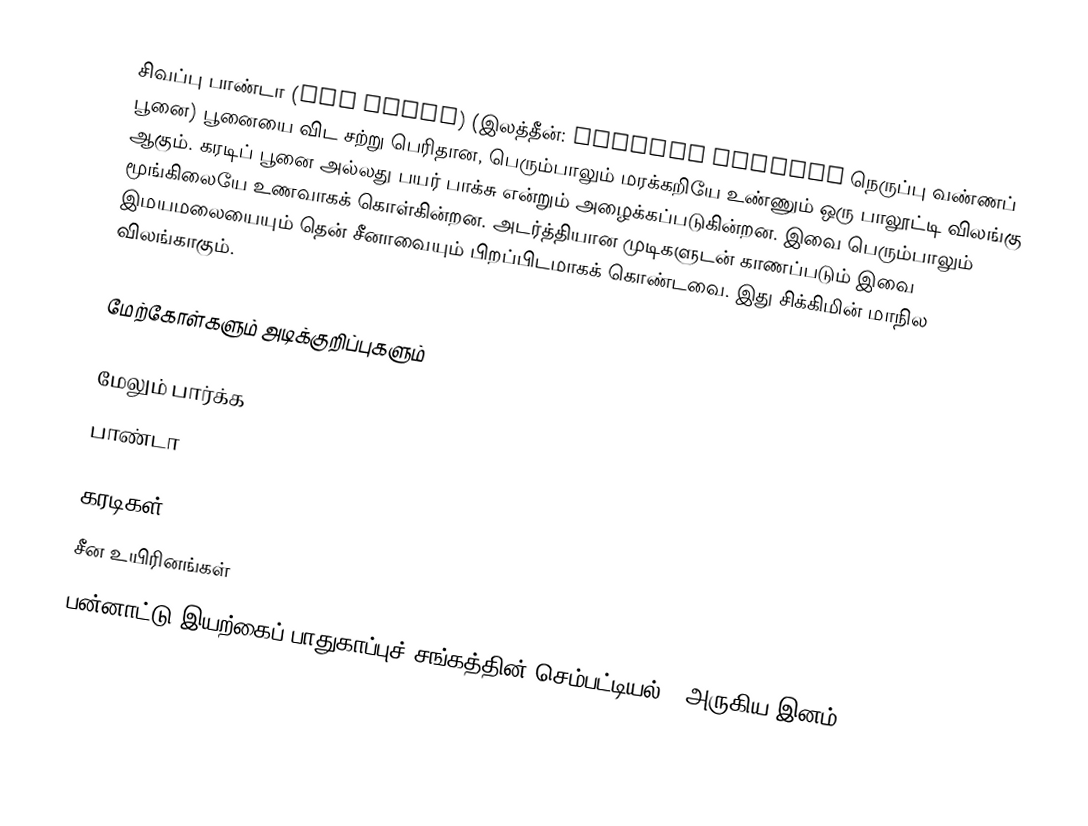
சிவப்பு பாண்டா (Red Panda) (இலத்தீன்: Ailurus fulgens நெருப்பு வண்ணப் பூனை) பூனையை விட சற்று பெரிதான,  பெரும்பாலும் மரக்கறியே உண்ணும் ஒரு பாலூட்டி விலங்கு ஆகும். கரடிப் பூனை அல்லது பயர் பாக்சு என்றும் அழைக்கப்படுகின்றன. இவை பெரும்பாலும் மூங்கிலையே உணவாகக் கொள்கின்றன. அடர்த்தியான முடிகளுடன் காணப்படும் இவை இமயமலையையும் தென் சீனாவையும் பிறப்பிடமாகக் கொண்டவை. இது சிக்கிமின் மாநில விலங்காகும்.

மேற்கோள்களும் அடிக்குறிப்புகளும்

மேலும் பார்க்க
 பாண்டா

கரடிகள்
சீன உயிரினங்கள்
பன்னாட்டு இயற்கைப் பாதுகாப்புச் சங்கத்தின் செம்பட்டியல் - அருகிய இனம்